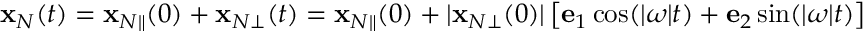
\begin{array} { r } { { \bf x } _ { N } ( t ) = { \bf x } _ { N \Vert } ( 0 ) + { \bf x } _ { N \bot } ( t ) = { \bf x } _ { N \Vert } ( 0 ) + | { \bf x } _ { N \bot } ( 0 ) | \left[ { \bf e } _ { 1 } \cos ( | \boldsymbol { \omega } | t ) + { \bf e } _ { 2 } \sin ( | \boldsymbol { \omega } | t ) \right] } \end{array}